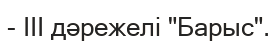
- III дәрежелі "Барыс".